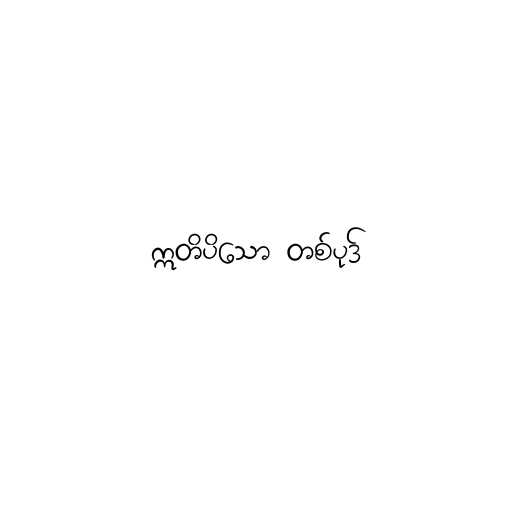
ဣတိပိသော တစ်ပုဒ်